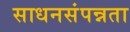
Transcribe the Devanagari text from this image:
साधनसंपन्नता